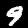
Digit: 9